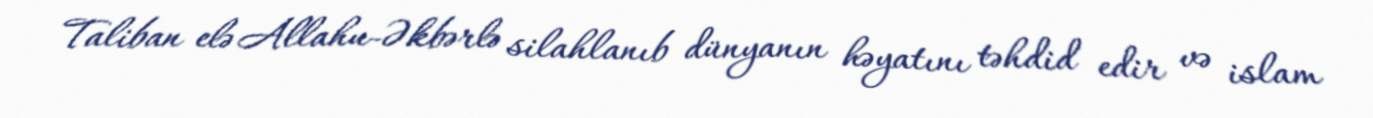
Taliban elə Allahu-Əkbərlə silahlanıb dünyanın həyatını təhdid edir və islam